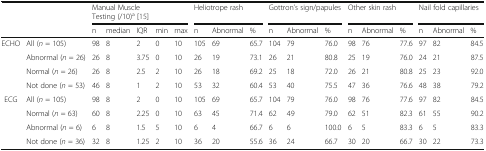
<table><thead><tr><td></td><td></td><td colspan="5"><b>Manual Muscle Testing (/10)<sup>a</sup> [15]</b></td><td colspan="3"><b>Heliotrope rash</b></td><td colspan="3"><b>Gottron’s sign/papules</b></td><td colspan="3"><b>Other skin rash</b></td><td colspan="3"><b>Nail fold capillaries</b></td></tr><tr><td></td><td></td><td><b>n</b></td><td><b>median</b></td><td><b>IQR</b></td><td><b>min</b></td><td><b>max</b></td><td><b>n</b></td><td><b>Abnormal</b></td><td><b>%</b></td><td><b>n</b></td><td><b>Abnormal</b></td><td><b>%</b></td><td><b>n</b></td><td><b>Abnormal</b></td><td><b>%</b></td><td><b>n</b></td><td><b>Abnormal</b></td><td><b>%</b></td></tr></thead><tbody><tr><td rowspan="4">ECHO</td><td>All (<i>n</i> = 105)</td><td>98</td><td>8</td><td>2</td><td>0</td><td>10</td><td>105</td><td>69</td><td>65.7</td><td>104</td><td>79</td><td>76.0</td><td>98</td><td>76</td><td>77.6</td><td>97</td><td>82</td><td>84.5</td></tr><tr><td>Abnormal (<i>n</i> = 26)</td><td>26</td><td>8</td><td>3.75</td><td>0</td><td>10</td><td>26</td><td>19</td><td>73.1</td><td>26</td><td>21</td><td>80.8</td><td>25</td><td>19</td><td>76.0</td><td>24</td><td>21</td><td>87.5</td></tr><tr><td>Normal (<i>n</i> = 26)</td><td>26</td><td>8</td><td>2.5</td><td>2</td><td>10</td><td>26</td><td>18</td><td>69.2</td><td>25</td><td>18</td><td>72.0</td><td>26</td><td>21</td><td>80.8</td><td>25</td><td>23</td><td>92.0</td></tr><tr><td>Not done (<i>n</i> = 53)</td><td>46</td><td>8</td><td>1</td><td>2</td><td>10</td><td>53</td><td>32</td><td>60.4</td><td>53</td><td>40</td><td>75.5</td><td>47</td><td>36</td><td>76.6</td><td>48</td><td>38</td><td>79.2</td></tr><tr><td rowspan="4">ECG</td><td>All (<i>n</i> = 105)</td><td>98</td><td>8</td><td>2</td><td>0</td><td>10</td><td>105</td><td>69</td><td>65.7</td><td>104</td><td>79</td><td>76.0</td><td>98</td><td>76</td><td>77.6</td><td>97</td><td>82</td><td>84.5</td></tr><tr><td>Normal (<i>n</i> = 63)</td><td>60</td><td>8</td><td>2.25</td><td>0</td><td>10</td><td>63</td><td>45</td><td>71.4</td><td>62</td><td>49</td><td>79.0</td><td>62</td><td>51</td><td>82.3</td><td>61</td><td>55</td><td>90.2</td></tr><tr><td>Abnormal (<i>n</i> = 6)</td><td>6</td><td>8</td><td>1.5</td><td>5</td><td>10</td><td>6</td><td>4</td><td>66.7</td><td>6</td><td>6</td><td>100.0</td><td>6</td><td>5</td><td>83.3</td><td>6</td><td>5</td><td>83.3</td></tr><tr><td>Not done (<i>n</i> = 36)</td><td>32</td><td>8</td><td>1.25</td><td>2</td><td>10</td><td>36</td><td>20</td><td>55.6</td><td>36</td><td>24</td><td>66.7</td><td>30</td><td>20</td><td>66.7</td><td>30</td><td>22</td><td>73.3</td></tr></tbody></table>